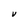
Character: V